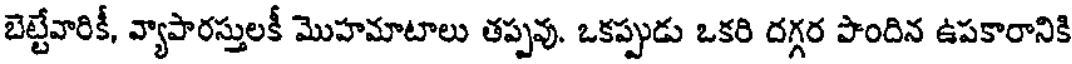
బెట్టేవారికీ, వ్యాపారస్తులకీ మొహమాటాలు తప్పవు. ఒకప్పుడు ఒకరి దగ్గర పొందిన ఉపకారానికి